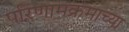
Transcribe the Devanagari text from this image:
परिणामक्रमाच्या